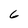
Character: 6